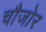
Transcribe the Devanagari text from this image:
चौजोर